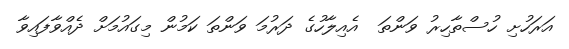
އަރަހުށި ހުސްތާހިރު ވަންތަ  އެއިލާހުގެ ދަރުމަ ވަންތަ ކަމުން މިގައުމަށް ދެއްވާފައިވާ